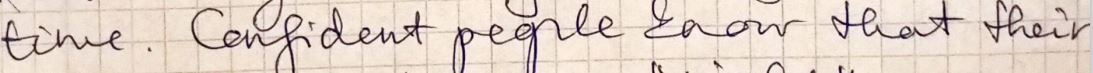
time. Confident people know that their